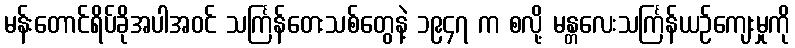
မန်းတောင်ရိပ်ခိုအပါအဝင် သင်္ကြန်တေးသစ်တွေနဲ့ ၁၉၄၇ က စလို့ မန္တလေးသင်္ကြန်ယဉ်ကျေးမှုကို